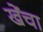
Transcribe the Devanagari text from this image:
खेंचा